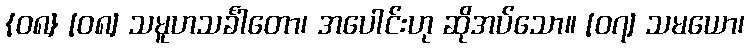
{၀၈} [၀၈] သမူဟသင်္ခါတော၊ အပေါင်းဟု ဆိုအပ်သော။ [၀၇] သမယော၊